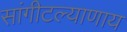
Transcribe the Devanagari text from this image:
सांगीटल्याणाय